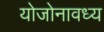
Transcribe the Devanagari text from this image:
योजोनावध्य